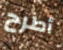
أطرح